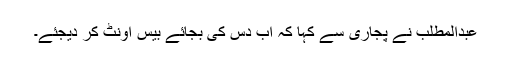
عبدالمطلب نے پجاری سے کہا کہ اب دس کی بجائے بیس اونٹ کر دیجئے۔